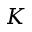
K